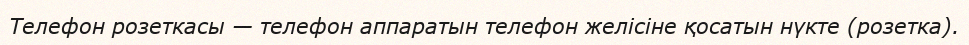
Телефон розеткасы — телефон аппаратын телефон желісіне қосатын нүкте (розетка).